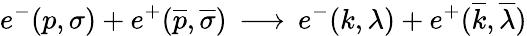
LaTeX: e^{-}(p,\sigma)+e^{+}({\overline{{{p}}}},\overline{{{\sigma}}})\, \longrightarrow\, e^{-}(k,\lambda)+e^{+}({\overline{{{k}}}},\overline{{{\lambda}}})